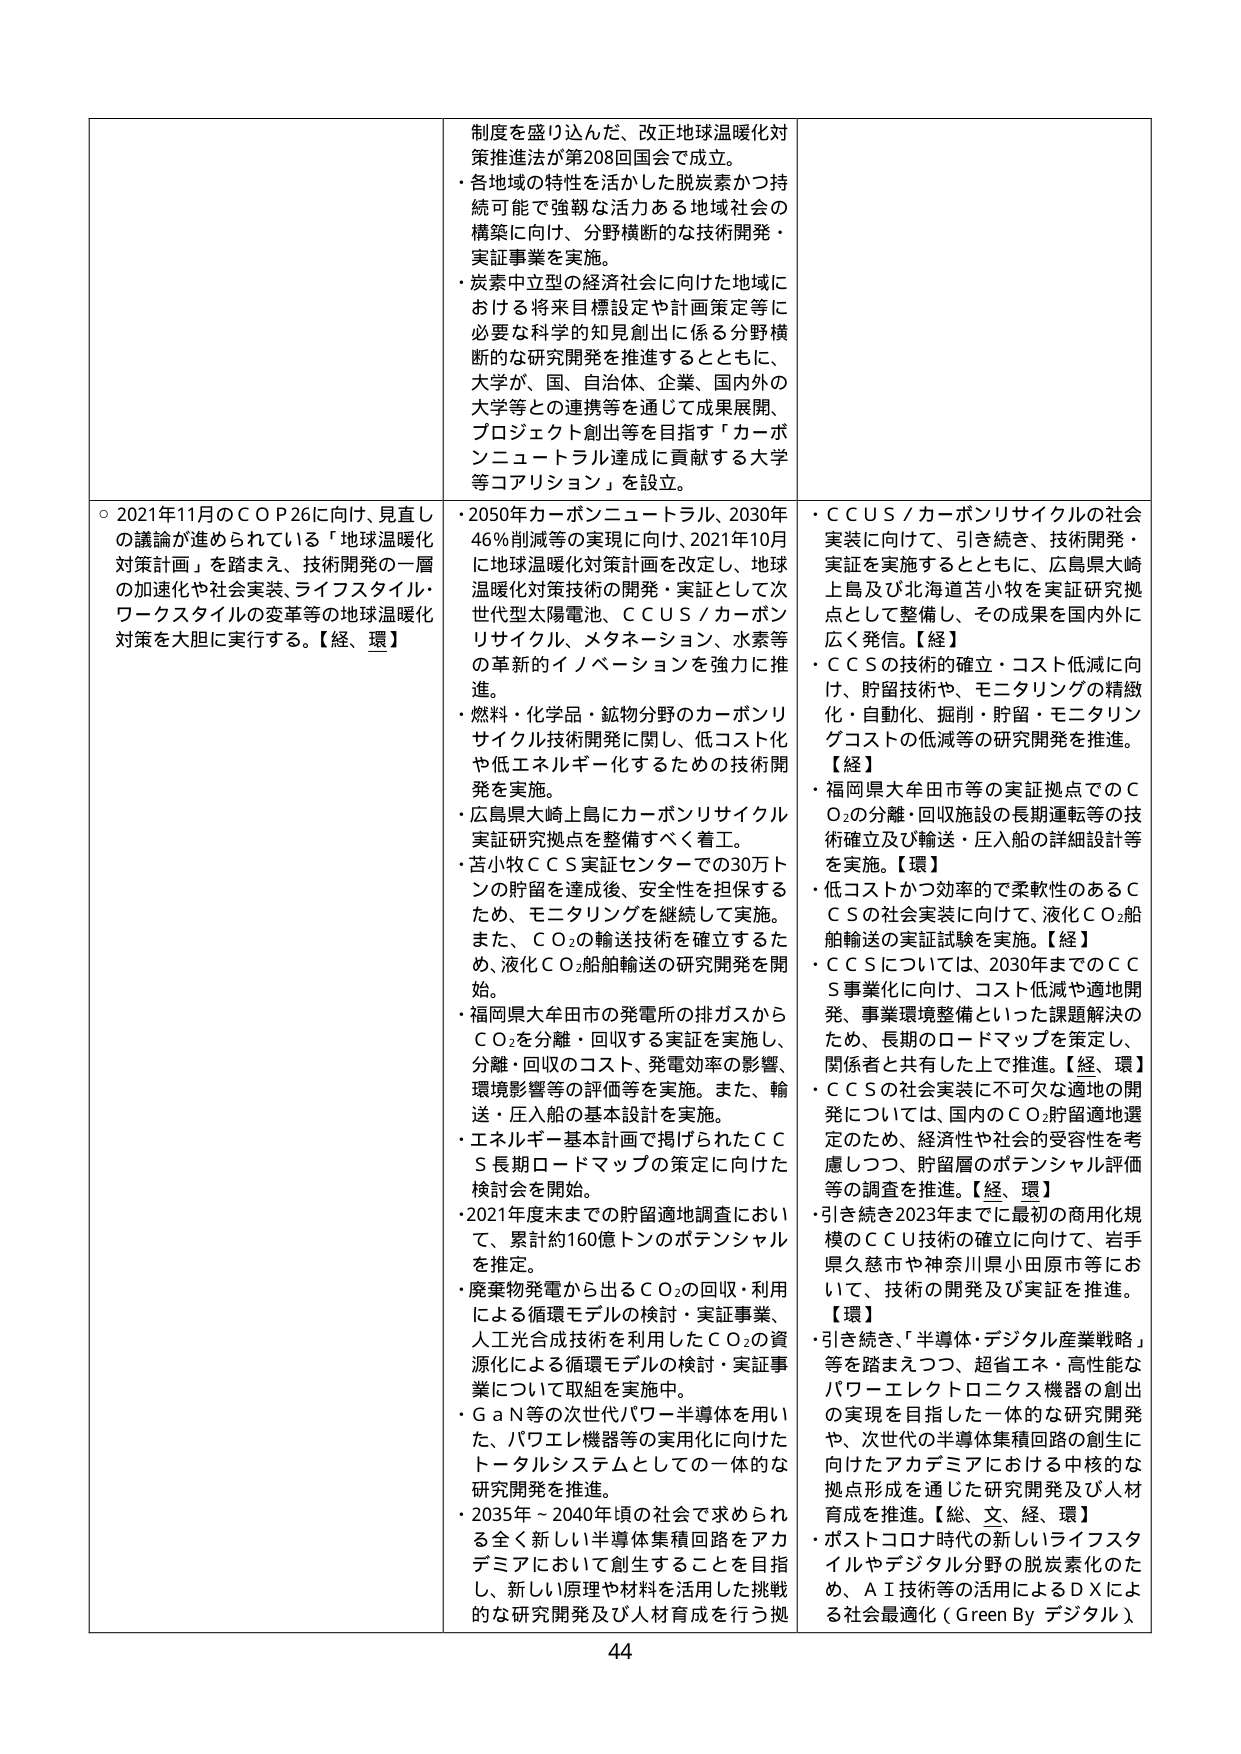
制度を盛り込んだ、改正地球温暖化対策推進法が第208回国会で成立。
・各地域の特性を活かした脱炭素かつ持続可能で強靭な活力ある地域社会の構築に向け、分野横断的な技術開発・実証事業を実施。
・炭素中立型の経済社会に向けた地域における将来目標設定や計画策定等に必要な科学的知見創出に係る分野横断的な研究開発を推進するとともに、大学が、国、自治体、企業、国内外の大学等との連携等を通じて成果展開、プロジェクト創出等を目指す「カーボンニュートラル達成に貢献する大学等コアリション」を設立。

○ 2021年11月のＣＯＰ26に向け、見直しの議論が進められている「地球温暖化対策計画」を踏まえ、技術開発の一層の加速化や社会実装、ライフスタイル・ワークスタイルの変革等の地球温暖化対策を大胆に実行する。【経、環】
・2050年カーボンニュートラル、2030年46％削減等の実現に向け、2021年10月に地球温暖化対策計画を改定し、地球温暖化対策技術の開発・実証として次世代型太陽電池、ＣＣＵＳ／カーボンリサイクル、メタネーション、水素等の革新的イノベーションを強力に推進。
・燃料・化学品・鉱物分野のカーボンリサイクル技術開発に関し、低コスト化や低エネルギー化するための技術開発を実施。
・広島県大崎上島にカーボンリサイクル実証研究拠点を整備すべく着工。
・苫小牧ＣＣＳ実証センターでの30万トンの貯留を達成後、安全性を担保するため、モニタリングを継続して実施。また、ＣＯ₂の輸送技術を確立するため、液化ＣＯ₂船舶輸送の研究開発を開始。
・福岡県大牟田市の発電所の排ガスからＣＯ₂を分離・回収する実証を実施し、分離・回収のコスト、発電効率の影響、環境影響等の評価等を実施。また、輸送・圧入船の基本設計を実施。
・エネルギー基本計画で掲げられたＣＣＳ長期ロードマップの策定に向けた検討会を開始。
・2021年度末までの貯留適地調査において、累計約160億トンのポテンシャルを推定。
・廃棄物発電から出るＣＯ₂の回収・利用による循環モデルの検討・実証事業、人工光合成技術を利用したＣＯ₂の資源化による循環モデルの検討・実証事業について取組を実施中。
・ＧａＮ等の次世代パワー半導体を用いた、パワーエレ機器等の実用化に向けたトータルシステムとしての一体的な研究開発を推進。
・2035年～2040年頃の社会で求められる全く新しい半導体集積回路をアカデミアにおいて創生することを目指し、新しい原理や材料を活用した挑戦的な研究開発及び人材育成を行う拠点形成を推進。【総、文、経、環】
・ポストコロナ時代の新しいライフスタイルやデジタル分野の脱炭素化のため、ＡＩ技術等の活用によるＤＸによる社会最適化（Ｇｒｅｅｎ Ｂｙ デジタル）

・ＣＣＵＳ／カーボンリサイクルの社会実装に向け、引き続き、技術開発・実証を実施するとともに、広島県大崎上島及び北海道苫小牧を実証研究拠点として整備し、その成果を国内外に広く発信。【経】
・ＣＣＳの技術の確立・コスト低減に向け、貯留技術や、モニタリングの精緻化・自動化、掘削・貯留・モニタリングコストの低減等の研究開発を推進。【経】
・福岡県大牟田市等の実証拠点でのＣＯ₂の分離・回収施設の長期運転等の技術確立及び輸送・圧入船の詳細設計等を実施。【環】
・低コストかつ効率的で柔軟性のあるＣＣＳの社会実装に向けて、液化ＣＯ₂船舶輸送の実証試験を実施。【経】
・ＣＣＳについては、2030年までのＣＣＳ事業化に向け、コスト低減や適地開発、事業環境整備といった課題解決のため、長期のロードマップを策定し、関係者と共有した上で推進。【経、環】
・ＣＣＳの社会実装に不可欠な適地の開発については、国内のＣＯ₂貯留適地選定のため、経済性や社会的受容性を考慮しつつ、貯留層のポテンシャル評価等の調査を推進。【経、環】
・引き続き2023年までに最初の商用化規模のＣＣＵ技術の確立に向けて、岩手県久慈市や神奈川県小田原市等において、技術の開発及び実証を推進。【環】
・引き続き、「半導体・デジタル産業戦略」等を踏まえつつ、超省エネ・高性能なパワーエレクトロニクス機器の創出の実現を目指した一体的な研究開発や、次世代の半導体集積回路の創生に向けたアカデミアにおける中核的な拠点形成を通じた研究開発及び人材育成を推進。【総、文、経、環】
・ポストコロナ時代の新しいライフスタイルやデジタル分野の脱炭素化のため、ＡＩ技術等の活用によるＤＸによる社会最適化（Ｇｒｅｅｎ Ｂｙ デジタル）

44